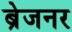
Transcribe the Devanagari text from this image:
ब्रेजनर